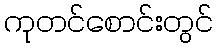
ကုတင်စောင်းတွင်